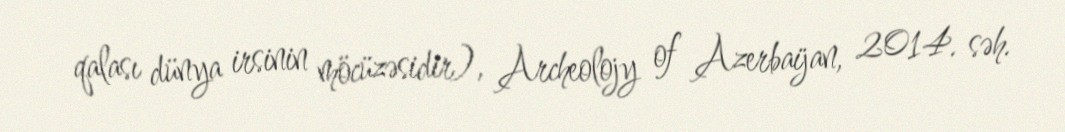
qalası dünya irsinin möcüzəsidir), Archeolojy of Azerbaijan, 2014. səh.